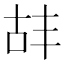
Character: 𫧡